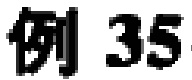
例 35